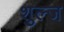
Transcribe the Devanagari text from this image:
शुल्ज